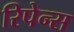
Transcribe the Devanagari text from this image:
रिपेन्स